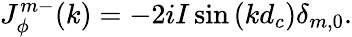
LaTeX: J_{\phi}^{m-}(k)=-2iI\sin\left(kd_{c}\right)\delta_{m,0}.